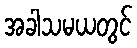
အခါသမယတွင်